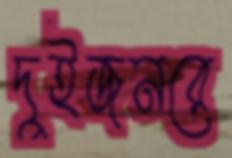
দুইজনরে